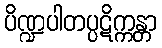
ပိဏ္ဍပါတပ္ပဋိက္ကန္တာ